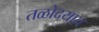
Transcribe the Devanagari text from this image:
तळोदयात